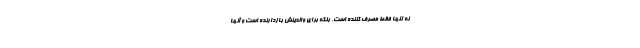
نه تنها فقط مصرف کننده است، بلکه برای والدینش بازدارنده است و آنها